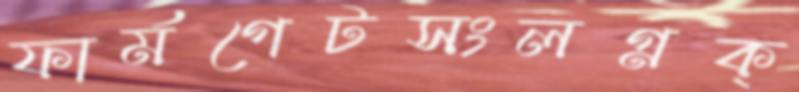
ফার্মগেটসংলগ্নক্